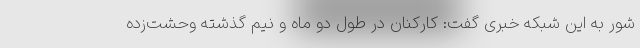
شور به این شبکه خبری گفت: کارکنان در طول دو ماه و نیم گذشته وحشت‌زده